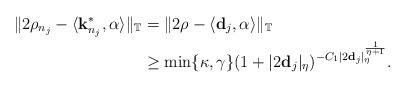
\begin{align*}\|2\rho_{n_{j}}-\langle {\bf k}^{*}_{n_{j}},\alpha \rangle\|_{\mathbb{T}} &= \|2\rho -\langle {\bf d}_j,\alpha \rangle\|_{\mathbb{T}}\\& \geq \min\{\kappa,\gamma\} (1+|2{\bf d}_j|_{\eta})^{-C_{1}|2{\bf d}_j|_{\eta}^{\frac{1}{\eta+1}}}.\end{align*}